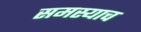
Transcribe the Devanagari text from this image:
समस्याच